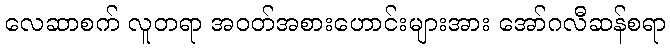
လေဆာစက် လူတရာ အဝတ်အစားဟောင်းများအား အော်ဂလီဆန်စရာ